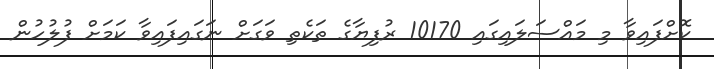
ކޮށްފައިވާ މި މައްސަލައިގައި 10170 ރުފިޔާގެ ތަކެތި ވަގަށް ނަގައިފައިވާ ކަމަށް ފުލުހުން